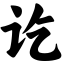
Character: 讫